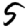
Digit: 5